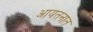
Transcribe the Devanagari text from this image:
आयतनात